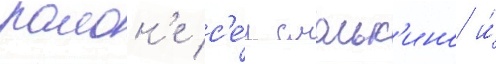
раион'е с'е́л смольк'ино и́